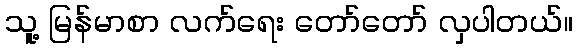
သူ့ မြန်မာစာ လက်ရေး တော်တော် လှပါတယ်။